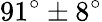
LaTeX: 91^{\circ}\pm 8^{\circ}